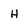
Character: H